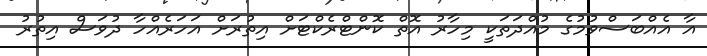
އާ އެއްބަސްވުމުގެ މުއްދަތަކީ މިހާރު އޮތް ކޮންޓްރެކްޓަށް އިތުރަށް އަހަރެއްހާ ދުވަސް އިތުރު